Indian journal of veterinary science and animal husbandry - Volumes 18-21, 1948-1951
Year: 1948
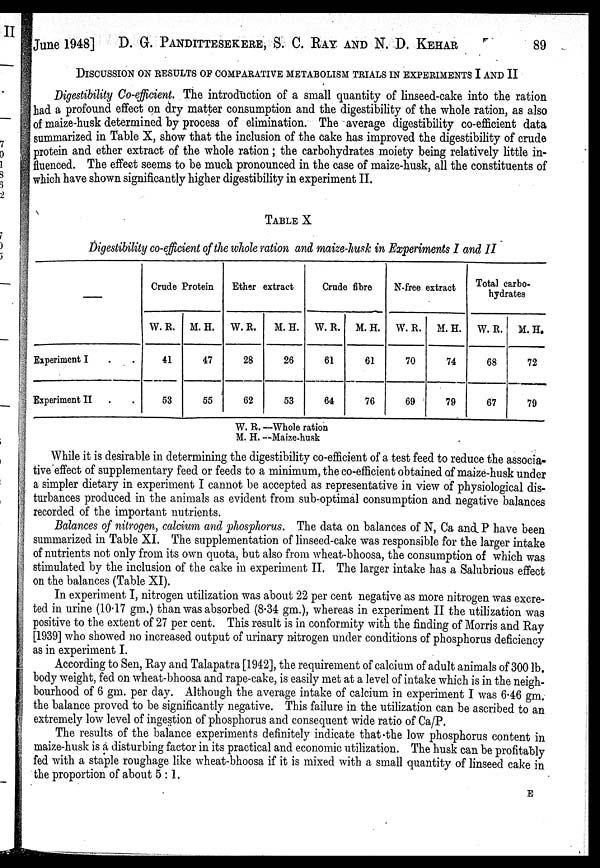
June 1948] D. G. PANDITTESEKERE, S. C. RAY AND N. D. KEHAR 89
DISCUSSION ON RESULTS OF COMPARATIVE METABOLISM TRIALS IN EXPERIMENTS I A
Digestibility Co-efficient. The introduction of a small quantity of linseed-cake into the ration
had a profound effect on dry matter consumption and the digestibility of the whole ration, as also
of maize-husk determined by process of elimination. The average digestibility co-efficient data
summarized in Table X, show that the inclusion of the cake has improved the digestibility of crude
protein and ether extract of the whole ration; the carbohydrates moiety being relatively little in-
fluenced. The effect seems to be much pronounced in the case of maize-husk, all the constituents of
which have shown significantly higher digestibility in experiment II.
TABLE X
Digestibility co-efficient of the whole ration and maize-husk in Experiments I and II
—
Experiment I . .
Experiment II . .
Crude Protein
W. R.
41
53
M. H.
47
55
Ether extract
W. R.
28
62
M. H.
26
53
Crude fibre
W. R.
61
64
M. H.
61
76
N-free extract
W. R.
70
69
M. H.
74
79
Total carbo-
hydrates
W. R.
68
67
M. H.
72
79
W. R. —Whole ration
M. H. —Maize-husk
While it is desirable in determining the digestibility co-efficient of a test feed to reduce the associa-
tive effect of supplementary feed or feeds to a minimum, the co-efficient obtained of maize-husk under
a simpler dietary in experiment I cannot be accepted as representative in view of physiological dis-
turbances produced in the animals as evident from sub-optimal consumption and negative balances
recorded of the important nutrients.
Balances of nitrogen, calcium and phosphorus. The data on balances of N, Ca and P have been
summarized in Table XI. The supplementation of linseed-cake was responsible for the larger intake
of nutrients not only from its own quota, but also from wheat-bhoosa, the consumption of which was
stimulated by the inclusion of the cake in experiment II. The larger intake has a Salubrious effect
on the balances (Table XI).
In experiment I, nitrogen utilization was about 22 per cent negative as more nitrogen was excre-
ted in urine (10.17 gm.) than was absorbed (8.34 gm.), whereas in experiment II the utilization was
positive to the extent of 27 per cent. This result is in conformity with the finding of Morris and Ray
[1939] who showed no increased output of urinary nitrogen under conditions of phosphorus deficiency
as in experiment I.
According to Sen, Ray and Talapatra [1942], the requirement of calcium of adult animals of 300 lb.
body weight, fed on wheat-bhoosa and rape-cake, is easily met at a level of intake which is in the neigh-
bourhood of 6 gm. per day. Although the average intake of calcium in experiment I was 6.46 gm.
the balance proved to be significantly negative. This failure in the utilization can be ascribed to an
extremely low level of ingestion of phosphorus and consequent wide ratio of Ca/P.
The results of the balance experiments definitely indicate that the low phosphorus content in
maize-husk is a disturbing factor in its practical and economic utilization. The husk can be profitably
fed with a staple roughage like wheat-bhoosa if it is mixed with a small quantity of linseed cake in
the proportion of about 5:1.
E